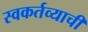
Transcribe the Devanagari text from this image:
स्वकर्तव्याची